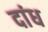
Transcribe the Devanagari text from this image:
दांध